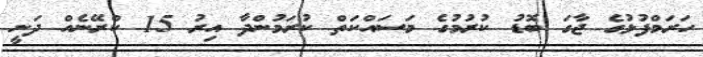
ހަރަމްފުޅުގެ ޖާގަ ބޮޑު ކުރުމުގެ މަސައްކަތް ކުރަމުންދާ އިރު 15 ކްރޭނެއް ދަނީ